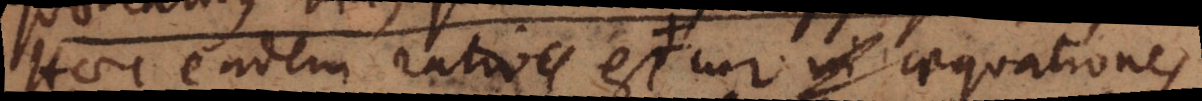
Haec eadem ratio est aequationes